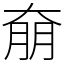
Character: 奟